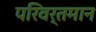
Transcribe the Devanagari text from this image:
परिवर्तमान